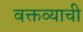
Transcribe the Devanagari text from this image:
वक्तव्याची